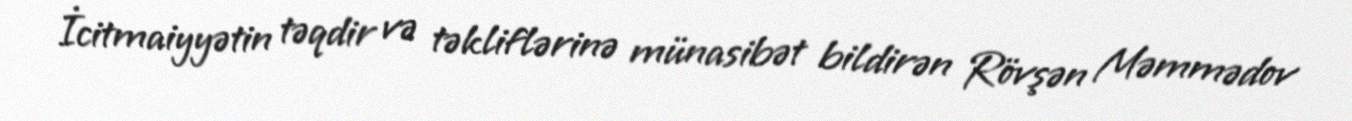
İcitmaiyyətin təqdir və təkliflərinə münasibət bildirən Rövşən Məmmədov